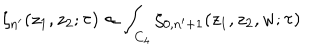
LaTeX: \zeta _ { n ^ { \prime } } ( z _ { 1 } , z _ { 2 } ; \tau ) \propto \int _ { C _ { 4 } } \zeta _ { 0 , n ^ { \prime } + 1 } ( z _ { 1 } , z _ { 2 } , w ; \tau )